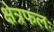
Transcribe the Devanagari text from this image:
क्षेत्रफलः